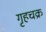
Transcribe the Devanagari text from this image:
गृहचक्र